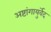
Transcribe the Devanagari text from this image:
अष्टांगायुर्वेद